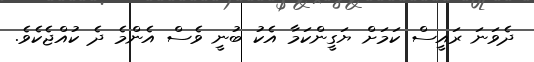
ދެވަނަ ރައީސް ކަމަށް ޔަގީންކަމާ އެކު ބުނީ ވެސް އެންމެ ދެ ކުއްޖެކެވެ.